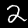
Label: 2